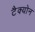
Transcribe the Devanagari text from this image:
टैक्योन